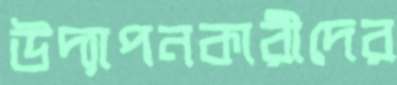
উদ্যাপনকারীদের